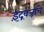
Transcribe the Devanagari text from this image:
इंद्रवज्राचे